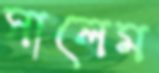
সালেম